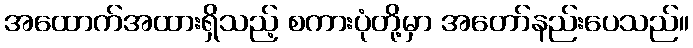
အထောက်အထားရှိသည့် စကားပုံတို့မှာ အတော်နည်းပေသည်။